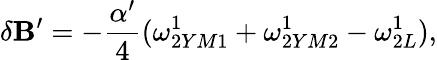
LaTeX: \delta\mathbf{B}^{\prime}=-{\frac{{\alpha^{\prime}}}{{4}}}(\omega_{2YM1}^{1}+\omega_{2YM2}^{1}-\omega_{2L}^{1}),